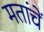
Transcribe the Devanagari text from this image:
मतांचें